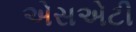
એસએટી